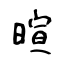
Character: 暄